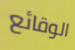
الوقائع